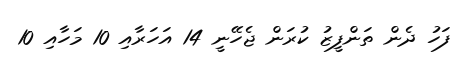
ފަހު ދެން ތަންފީޒު ކުރަން ޖެހޭނީ 14 އަހަރާއި 10 މަހާއި 10